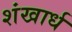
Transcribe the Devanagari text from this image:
शंखार्ध